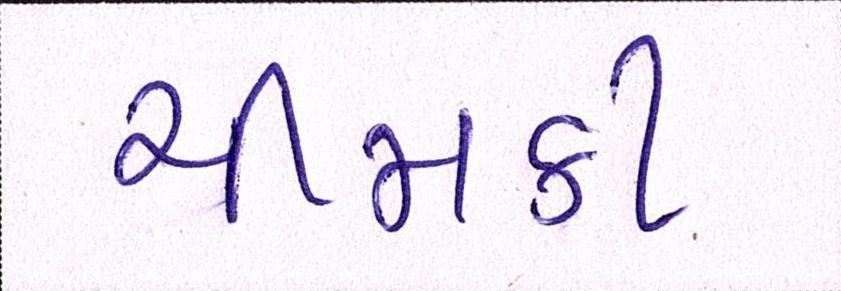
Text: ચીમકી